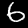
Label: 6